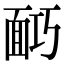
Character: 𩈎